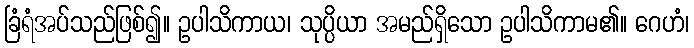
ခြံရံအပ်သည်ဖြစ်၍။ ဥပါသိကာယ၊ သုပ္ပိယာ အမည်ရှိသော ဥပါသိကာမ၏။ ဂေဟံ၊